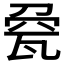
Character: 𤭀